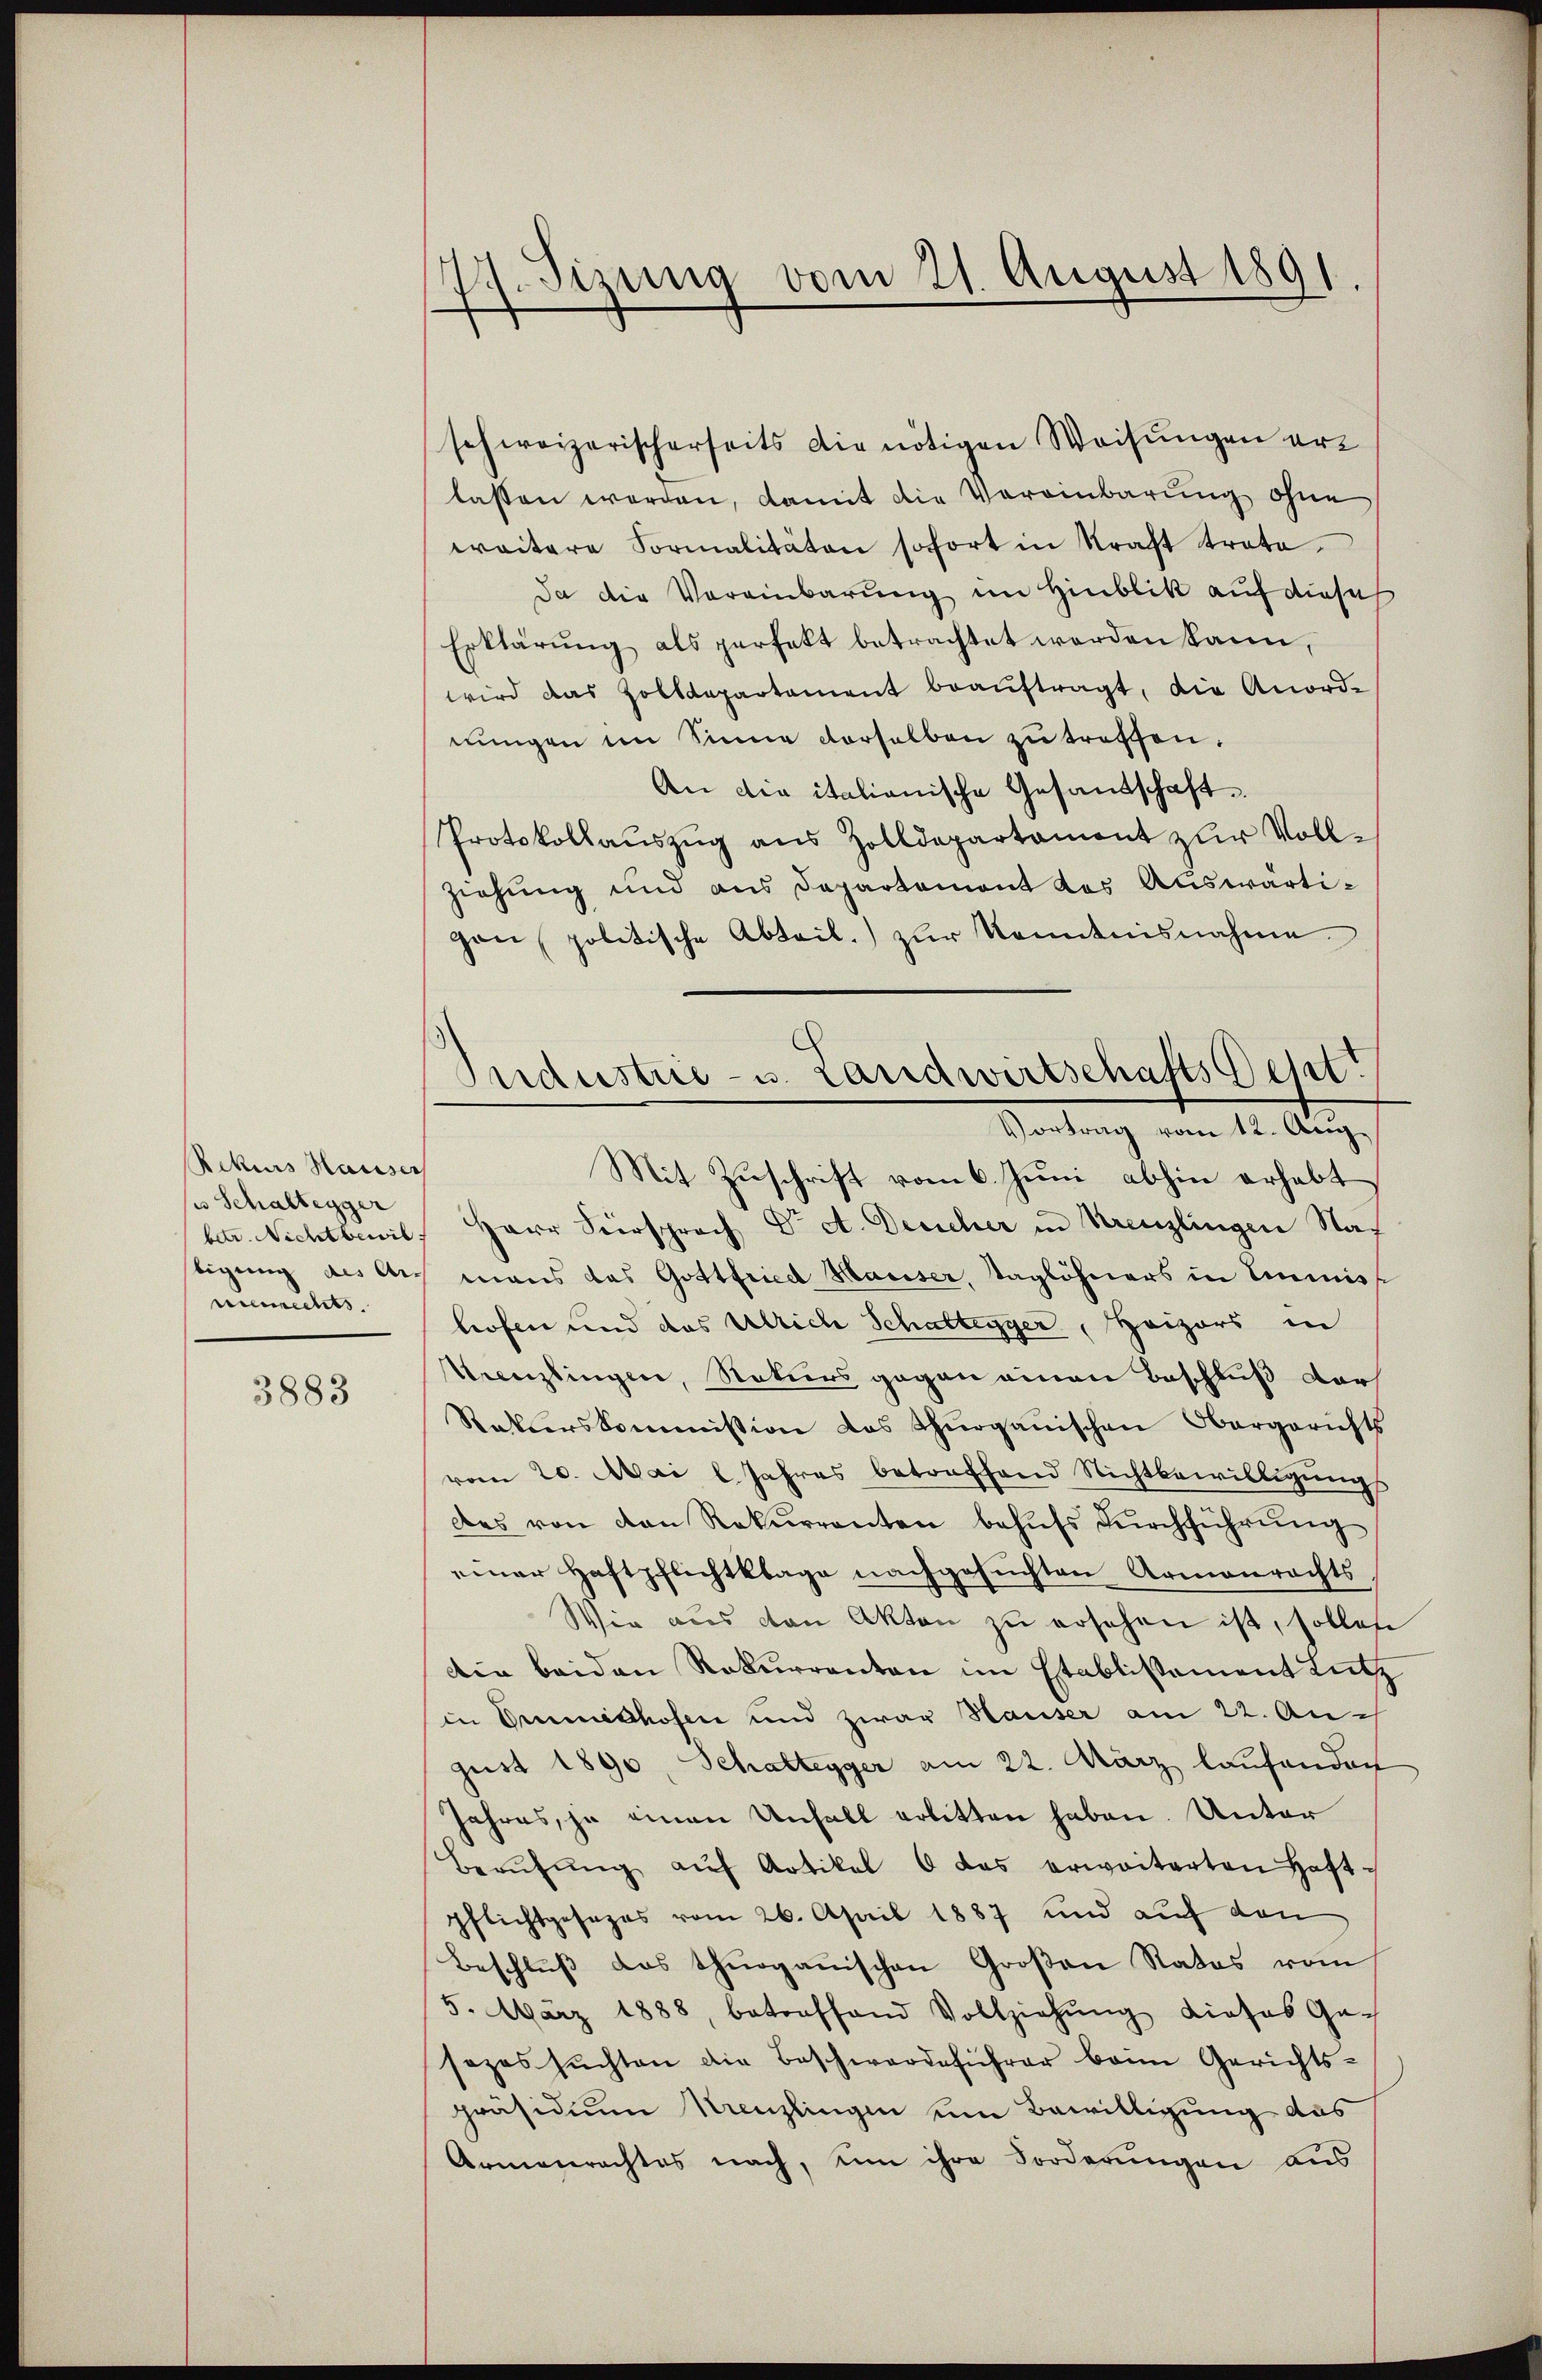
Rekurs Hauser
us Schaltegger
betr. Nichtbewil
bigung des Ar-
enrechts

3883

77. Sizung vom 21. August 1891.

Industrie- u. Landwirtschafts Best
Vortrag vom 12. Aug.

schweizerischerseits die nötigen Weisungen erz
lassen werden, damit die Vereinbarung ohne
weitere Formalitäten sofort in Kraft trate.
Da die Vereinbarung im Hinblik auf diese
Erklärung als perfett betrachtet werden kann,
wird das Zolldepartament beaŭftragt, die Anord-
nŭngen im Sinne derselben zu treffen.
An die italianische Gesandschaft.
Protokollaŭszŭg ans Zolldepartament zŭr Voll-
ziehung und aus Departement des Auswärtigon politische Abteil) zŭr Kenntnisnahme
Mit Zuschrift vom 6. Juni abhin erhabt,
Herr Fürsprach Dr. et. Desicher in Kreuzlingen Namans das Gottfried Hauser, Taglöhners in Immiss
hofen und das Ulrich Schattenger, Heizers in
Krenzlingen, Naturs gegen einen Beschluß dar
Rakterskommission das Thurgauischen Obergerichts
vom 20. Mai l. Jahres betreffend Nichtbewilligungs
des von den Rekŭrrenten behŭfs Dŭrchführŭng
einer Haftpflichtklage nachgesuchten Armenrechts-
Vie ans von Akten zŭ ersehen ist, sollen
die beiden Rekurrenten im Etablissement Lutz
in Emmeshofen und zwar Hauser am 22. Au
gust 1890, Schattegger am 22. März laufenden
Jahres, je einen Unfall erlitten haben. Unter
Berŭfŭng aŭf Artikel 6 das erweiterten Haft-
pflichtgesezes vom 26. April 1887 und auf den
Beschlŭβ das thurganischen Großen Rates vom
5. März 1888, betreffend Vollziehŭng dieses Ge-
sezes suchten die Beschwerdeführer beim Gerichtspräsidium Krenzlingen um Bewilligung das
Armenrechtes nach, um ihre Forderungen aus